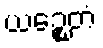
ယဉ္စေတံ